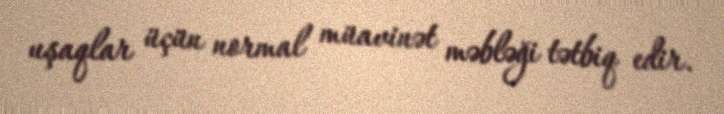
uşaqlar üçün normal müavinət məbləği tətbiq edir.